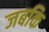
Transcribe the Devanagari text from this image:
जबकि